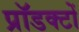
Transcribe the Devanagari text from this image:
प्रॉडक्टों